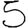
Digit: 5